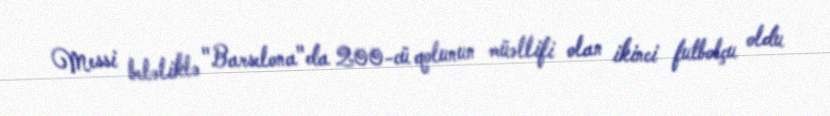
Messi beləliklə "Barselona"da 200-cü qolunun müəllifi olan ikinci futbolçu oldu